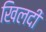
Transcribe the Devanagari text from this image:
खिलदी